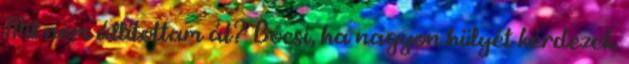
Mit nem állítottam át? Bocsi, ha nagyon hülyét kérdezek.